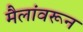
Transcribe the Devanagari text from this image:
मैलांवरून